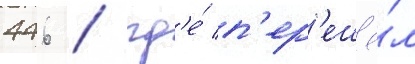
446 / гд'е́ п'ер'ешё́л